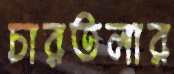
চারতলার